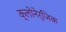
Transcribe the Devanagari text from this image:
क्लोनेर्जिक